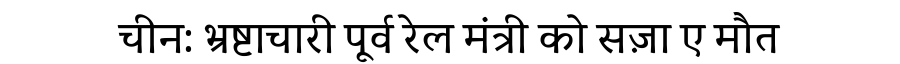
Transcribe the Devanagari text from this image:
चीन: भ्रष्टाचारी पूर्व रेल मंत्री को सज़ा ए मौत